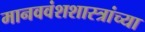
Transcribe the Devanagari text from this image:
मानववंशशास्त्रांच्या